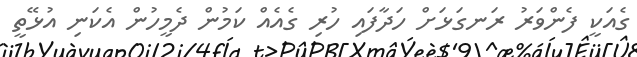
ގެއަކީ ފެންވަރު ރަނގަޅަށް ހަދާފައި ހުރިި ގެއެއް ކަމުން ދެމީހުން އެކަނި އުޅޭތީ